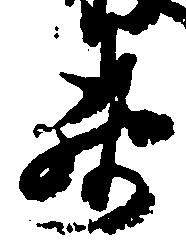
要